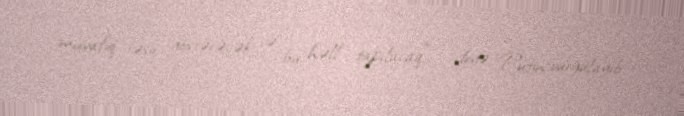
müvafiq təsir göstərəcək və bu həll tapılacaq", - deyə Putin vurğulayıb.